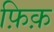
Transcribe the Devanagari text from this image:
फ़िक़